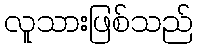
လူသားဖြစ်သည်